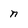
Character: n